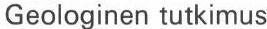
Geologinen tutkimus